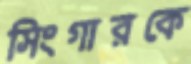
সিংগারকে